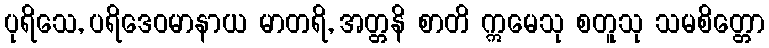
ပုရိသေ, ပရိဒေဝမာနာယ မာတရိ, အတ္တနိ စာတိ ဣမေသု စတူသု သမစိတ္တော